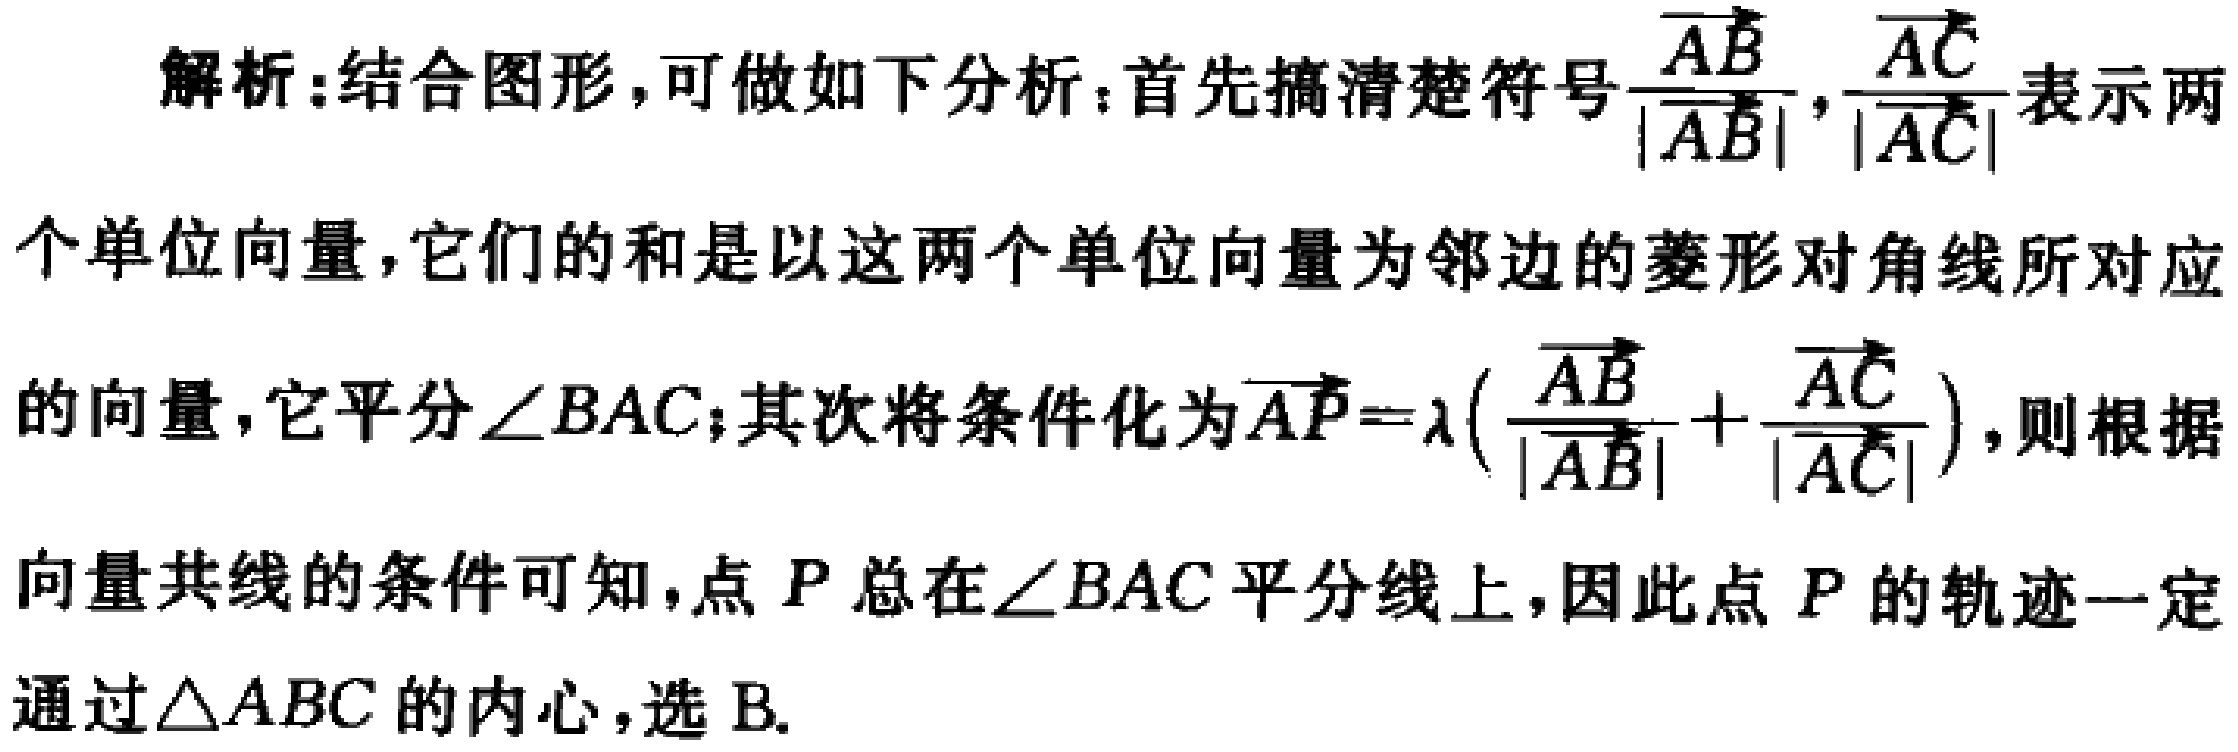
解析:结合图形，可做如下分析：首先搞清楚符号$\frac{\overrightarrow{AB}}{\vert\overrightarrow{AB}\vert},\frac{\overrightarrow{AC}}{\vert\overrightarrow{AC}\vert}$表示两个单位向量，它们的和是以这两个单位向量为邻边的菱形对角线所对应的向量，它平分$\angle BAC$；其次将条件化为$\overrightarrow{AP}=\lambda(\frac{\overrightarrow{AB}}{\vert\overrightarrow{AB}\vert}+\frac{\overrightarrow{AC}}{\vert\overrightarrow{AC}\vert})$，则根据向量共线的条件可知，点$P$总在$\angle BAC$平分线上，因此点$P$的轨迹一定通过$\triangle ABC$的内心，选 B.